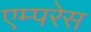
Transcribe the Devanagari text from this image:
एम्परेस